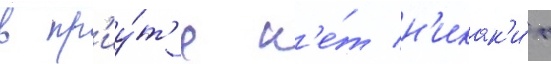
в пр'иу́т'е н'е́т н'икак'и́х